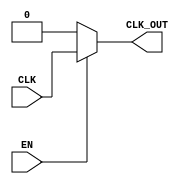
module clock_gating (
    input wire CLK,      // Primary clock signal
    input wire EN,       // Enable signal
    output wire CLK_OUT  // Gated clock output
);

    wire EN_B;          // Inverted enable signal

    // Invert the enable signal
    assign EN_B = ~EN;

    // Transmission gate implementation
    // PMOS: Gate controlled by EN_B
    // NMOS: Gate controlled by EN
    assign CLK_OUT = (EN) ? CLK : 1'b0; // If EN is high, pass CLK, else output 0

endmodule